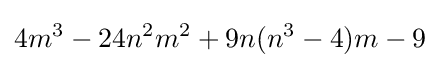
4m^{3}-24n^{2}m^{2}+9n(n^{3}-4)m-9